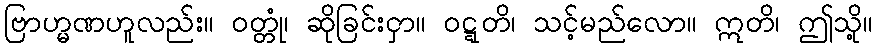
ဗြာဟ္မဏဟူလည်း။ ဝတ္တုံ၊ ဆိုခြင်းငှာ။ ဝဋ္ဋတိ၊ သင့်မည်လော။ ဣတိ၊ ဤသို့။